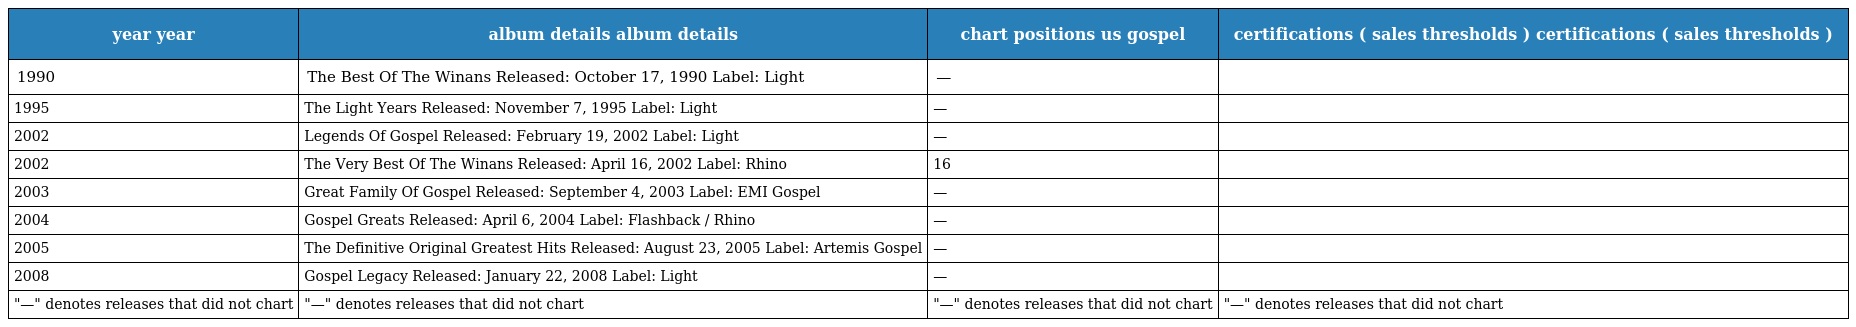
| year year | album details album details | chart positions us gospel | certifications ( sales thresholds ) certifications ( sales thresholds ) |
 | --- | --- | --- | --- |
 | 1990 | The Best Of The Winans Released: October 17, 1990 Label: Light | — |  |
 | 1995 | The Light Years Released: November 7, 1995 Label: Light | — |  |
 | 2002 | Legends Of Gospel Released: February 19, 2002 Label: Light | — |  |
 | 2002 | The Very Best Of The Winans Released: April 16, 2002 Label: Rhino | 16 |  |
 | 2003 | Great Family Of Gospel Released: September 4, 2003 Label: EMI Gospel | — |  |
 | 2004 | Gospel Greats Released: April 6, 2004 Label: Flashback / Rhino | — |  |
 | 2005 | The Definitive Original Greatest Hits Released: August 23, 2005 Label: Artemis Gospel | — |  |
 | 2008 | Gospel Legacy Released: January 22, 2008 Label: Light | — |  |
 | "—" denotes releases that did not chart | "—" denotes releases that did not chart | "—" denotes releases that did not chart | "—" denotes releases that did not chart |